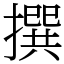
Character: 撰